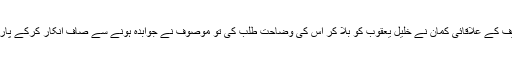
اس صورتحال کی اطلاع پاکر بی ایل ایف کے علاقائی کمان نے خلیل یعقوب کو بُلا کر اُس کی وضاحت طلب کی تو موصوف نے جوابدہ ہونے سے صاف انکار کرکے پارٹی سے بغاوت اور مزاحمت پر اُتر آیا۔